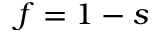
f = 1 - s